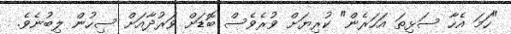
"ހަމަ އެހާ ސަޅިތަ އަހަރެން" ކުރިޔަށް ވުރެވެސް ބޮޑަށް ވަރުދާއަށް ސިހުން ލިބުނެވެ.